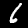
Label: 6